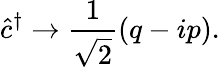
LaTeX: \hat{c}^{\dagger}\to\frac{1}{\sqrt{2}}(q-ip).